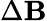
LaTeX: \Delta\mathbf{B}